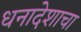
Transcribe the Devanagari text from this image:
धनादेशाचा